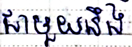
ជាមួយនឹង